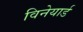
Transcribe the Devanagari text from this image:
विनेयार्ड